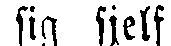
sig sjelf: